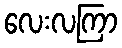
လေးလကြာ